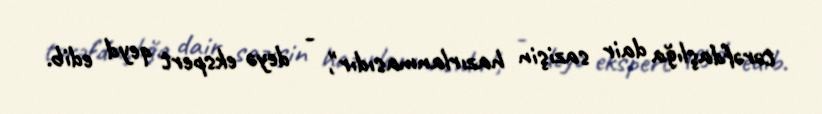
tərəfdaşlığa dair sazişin hazırlanmasıdır", - deyə ekspert qeyd edib.